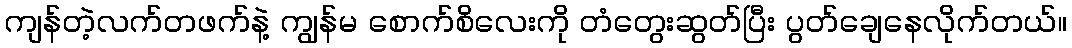
ကျန်တဲ့လက်တဖက်နဲ့ ကျွန်မ စောက်စိလေးကို တံတွေးဆွတ်ပြီး ပွတ်ချေနေလိုက်တယ်။